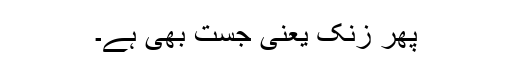
پھر زنک یعنی جست بھی ہے۔